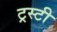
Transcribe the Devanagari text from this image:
ट्रस्‍टी